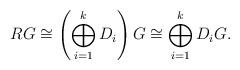
LaTeX: \begin{align*}RG \cong \left( \bigoplus_{i=1}^{k}D_i \right) G\cong \bigoplus_{i=1}^{k}D_iG.\end{align*}